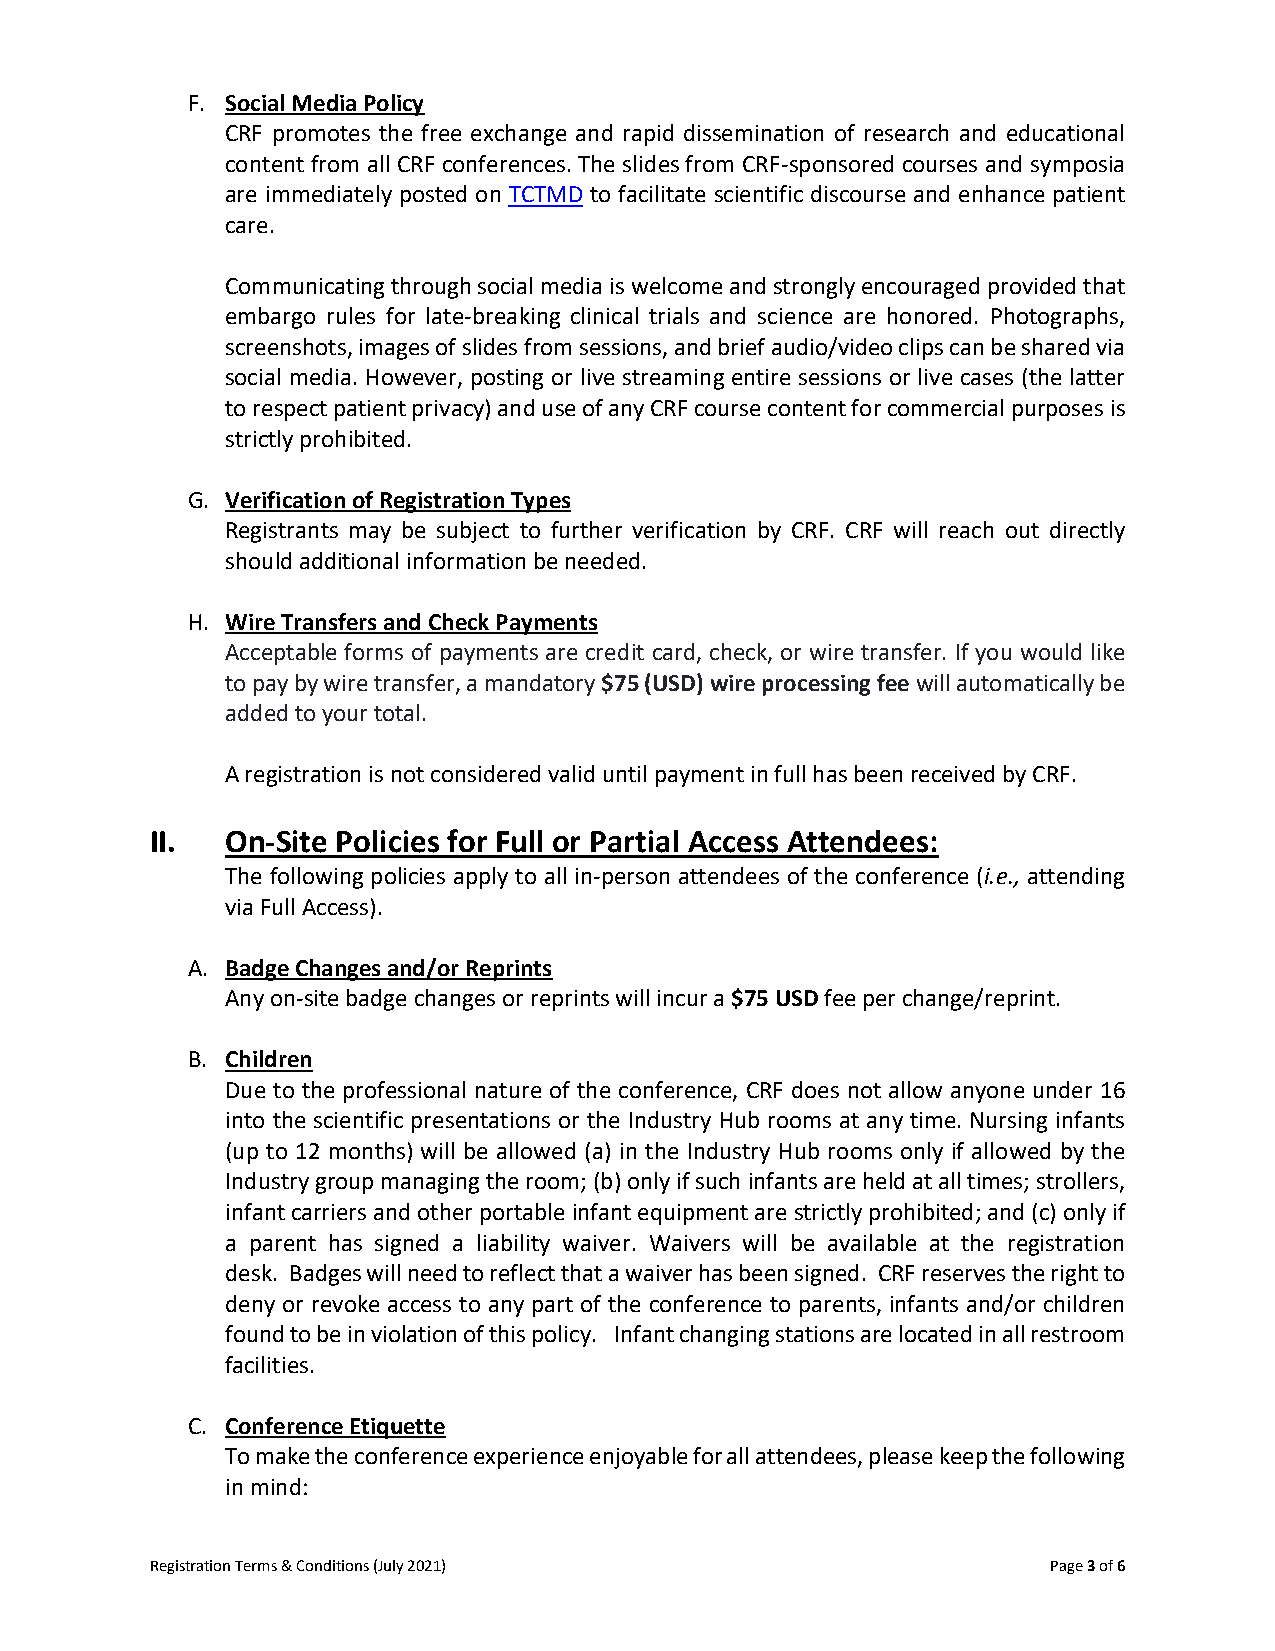
F. Social Media Policy
 CRF promotes the free exchange and rapid dissemination of research and educational
 content from all CRF conferences. The slides from CRF-sponsored courses and symposia
 are immediately posted on TCTMD to facilitate scientific discourse and enhance patient
 care.
 Communicating through social media is welcome and strongly encouraged provided that
 embargo rules for late-breaking clinical trials and science are honored. Photographs,
 screenshots, images of slides from sessions, and brief audio/video clips can be shared via
 social media. However, posting or live streaming entire sessions or live cases (the latter
 to respect patient privacy) and use of any CRF course content for commercial purposes is
 strictly prohibited.
 G. Verification of Registration Types
 Registrants may be subject to further verification by CRF. CRF will reach out directly
 should additional information be needed.
 H. Wire Transfers and Check Payments
 Acceptable forms of payments are credit card, check, or wire transfer. If you would like
 to pay by wire transfer, a mandatory $75 (USD) wire processing fee will automatically be
 added to your total.
 A registration is not considered valid until payment in full has been received by CRF.
 II.  On-Site Policies for Full or Partial Access Attendees:
 The following policies apply to all in-person attendees of the conference (i.e., attending
 via Full Access).
 A. Badge Changes and/or Reprints
 Any on-site badge changes or reprints will incur a $75 USD fee per change/reprint.
 B. Children
 Due to the professional nature of the conference, CRF does not allow anyone under 16
 into the scientific presentations or the Industry Hub rooms at any time. Nursing infants
 (up to 12 months) will be allowed (a) in the Industry Hub rooms only if allowed by the
 Industry group managing the room; (b) only if such infants are held at all times; strollers,
 infant carriers and other portable infant equipment are strictly prohibited; and (c) only if
 a parent has signed a liability waiver. Waivers will be available at the registration
 desk. Badges will need to reflect that a waiver has been signed. CRF reserves the right to
 deny or revoke access to any part of the conference to parents, infants and/or children
 found to be in violation of this policy. Infant changing stations are located in all restroom
 facilities.
 C. Conference Etiquette
 To make the conference experience enjoyable for all attendees, please keep the following
 in mind:
 Registration Terms & Conditions (July 2021)                 Page 3 of 6